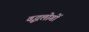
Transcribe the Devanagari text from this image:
वृद्धलोगों